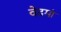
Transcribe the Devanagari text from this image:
वेदमां